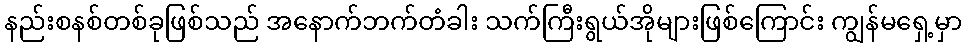
နည်းစနစ်တစ်ခုဖြစ်သည် အနောက်ဘက်တံခါး သက်ကြီးရွယ်အိုများဖြစ်ကြောင်း ကျွန်မရှေ့မှာ